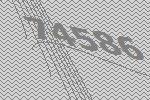
74586